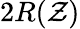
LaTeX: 2R(\mathcal{Z})